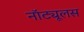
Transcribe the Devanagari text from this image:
नॉट्यूलस